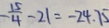
- \frac { 1 5 } { 4 } - 2 1 = - 2 4 . 7 5